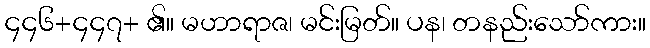
၄၄၆+၄၄၇+ ၏။ မဟာရာဇ၊ မင်းမြတ်။ ပန၊ တနည်းသော်ကား။